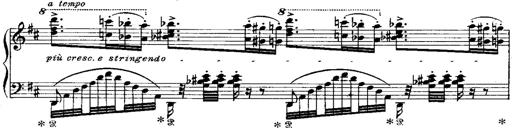
Title: Miserere du Trovatore
Composer: Franz Liszt